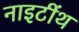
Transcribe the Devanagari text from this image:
नाइटींथ